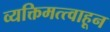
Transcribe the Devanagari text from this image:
व्यक्तिमत्त्वाहून